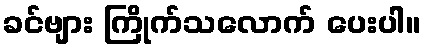
ခင်ဗျား ကြိုက်သလောက် ပေးပါ။